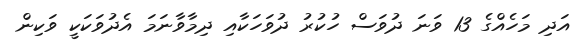
އަދި މަހެއްގެ 13 ވަނަ ދުވަސް ހުކުރު ދުވަހަކާއި ދިމާވާނަމަ އެދުވަކަކީ ވަކިން